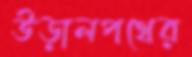
উড়ালপথের